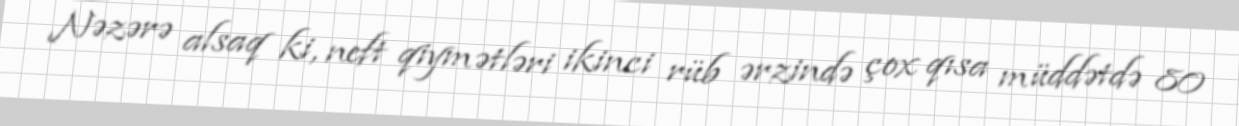
Nəzərə alsaq ki, neft qiymətləri ikinci rüb ərzində çox qısa müddətdə 80